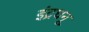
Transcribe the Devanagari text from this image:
इंद्रधनू